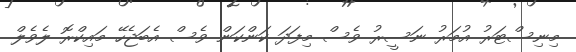
މިނިސްޓަރު އުމަރު ނަސީރު ވެސް މިފަދަ ކަންކަން ވެސް އެބަޖެހޭ މައިކްރޮ ލެވެލް